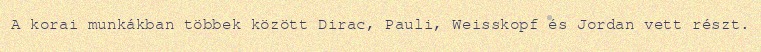
A korai munkákban többek között Dirac, Pauli, Weisskopf és Jordan vett részt.